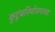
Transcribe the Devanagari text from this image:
कुटुंबनियोजनाच्या